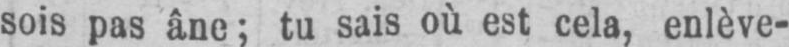
sois pas âne; tu sais où est cela, enlève-